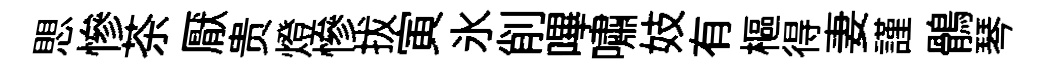
愳慘茶厭贵燈慘拔寅氷削嗶嘯妓有樞得妻謹鶻琴